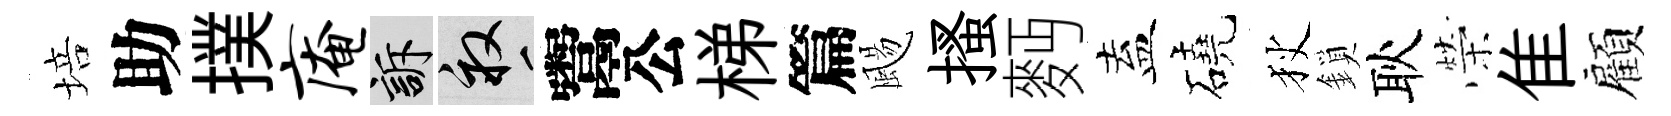
培助撲庵訴畝鬻公梯篇颺搔麪盍磽狄鎖耿榮隹顧